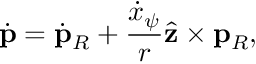
\dot { \mathbf { p } } = \dot { \mathbf { p } } _ { R } + \frac { \dot { x } _ { \psi } } { r } \hat { \mathbf { z } } \times \mathbf { p } _ { R } ,